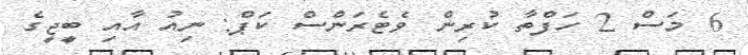
6 މަސް 2 ހަފްތާ ކުރިން ވެޓެރަންސް ކަޕް: ނިއު އާއި ބީޖީގެ